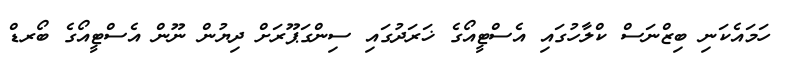
ހަމައެކަނި ބިޒްނަސް ކްލާހުގައި އެސްޓީއޯގެ ޚަރަދުގައި ސިންގަޕޫރަށް ދިޔުން ނޫން އެސްޓީއޯގެ ބޯރޑް